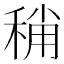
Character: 𥟬